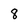
Character: 8